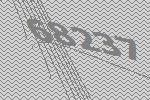
68237